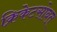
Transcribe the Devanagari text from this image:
क्रिकेटसोबत